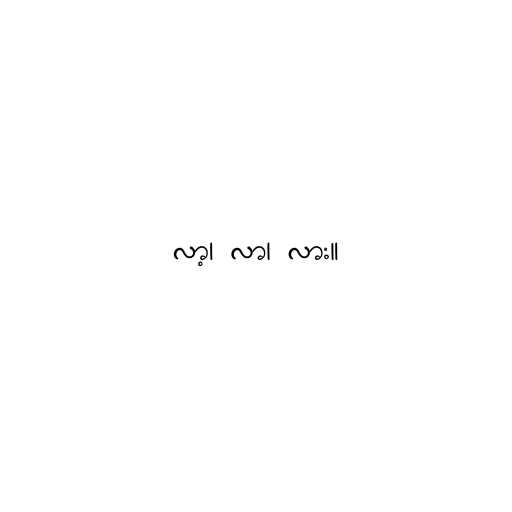
လာ့၊ လာ၊ လား။